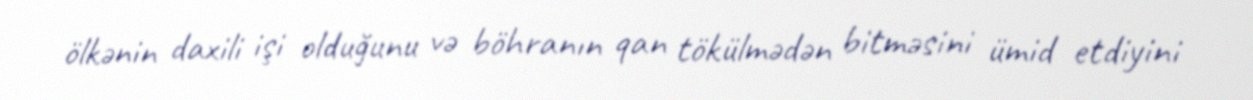
ölkənin daxili işi olduğunu və böhranın qan tökülmədən bitməsini ümid etdiyini